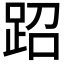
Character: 𬦪